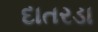
દાતરડા